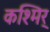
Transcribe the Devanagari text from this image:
कश्मिर्